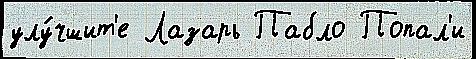
улу́чшит'е Лазарь Пабло Попал'и